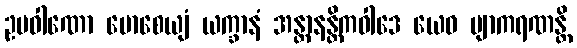
ဥပဝါဏော မောစေယျံ ယက္ခာနံ အန္တာနန္တိကဝါဒေ ယေဝ ဗျာကရဏန္တိ